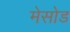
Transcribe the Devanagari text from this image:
मेसोड